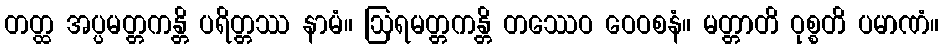
တတ္ထ အပ္ပမတ္တကန္တိ ပရိတ္တဿ နာမံ။ ဩရမတ္တကန္တိ တဿေဝ ဝေဝစနံ။ မတ္တာတိ ဝုစ္စတိ ပမာဏံ။